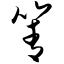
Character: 箐